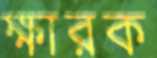
ক্ষারক